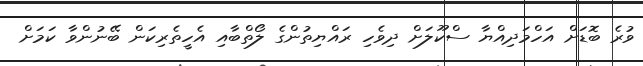
ވުރެ ބޮޑަށް އަހްމަދިއްޔާ ސްކޫލަށް ދިވެހި ރައްޔިތުންގެ ލޯތްބާއި އެހީތެރިކަން ބޭނުންވާ ކަމަށް